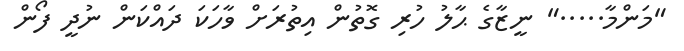
"މަންމާ....." ނީޒާގެ ޙާލު ހުރި ގޮތުން އިތުރަށް ވާހަކަ ދައްކަން ނުދީ ފޯން